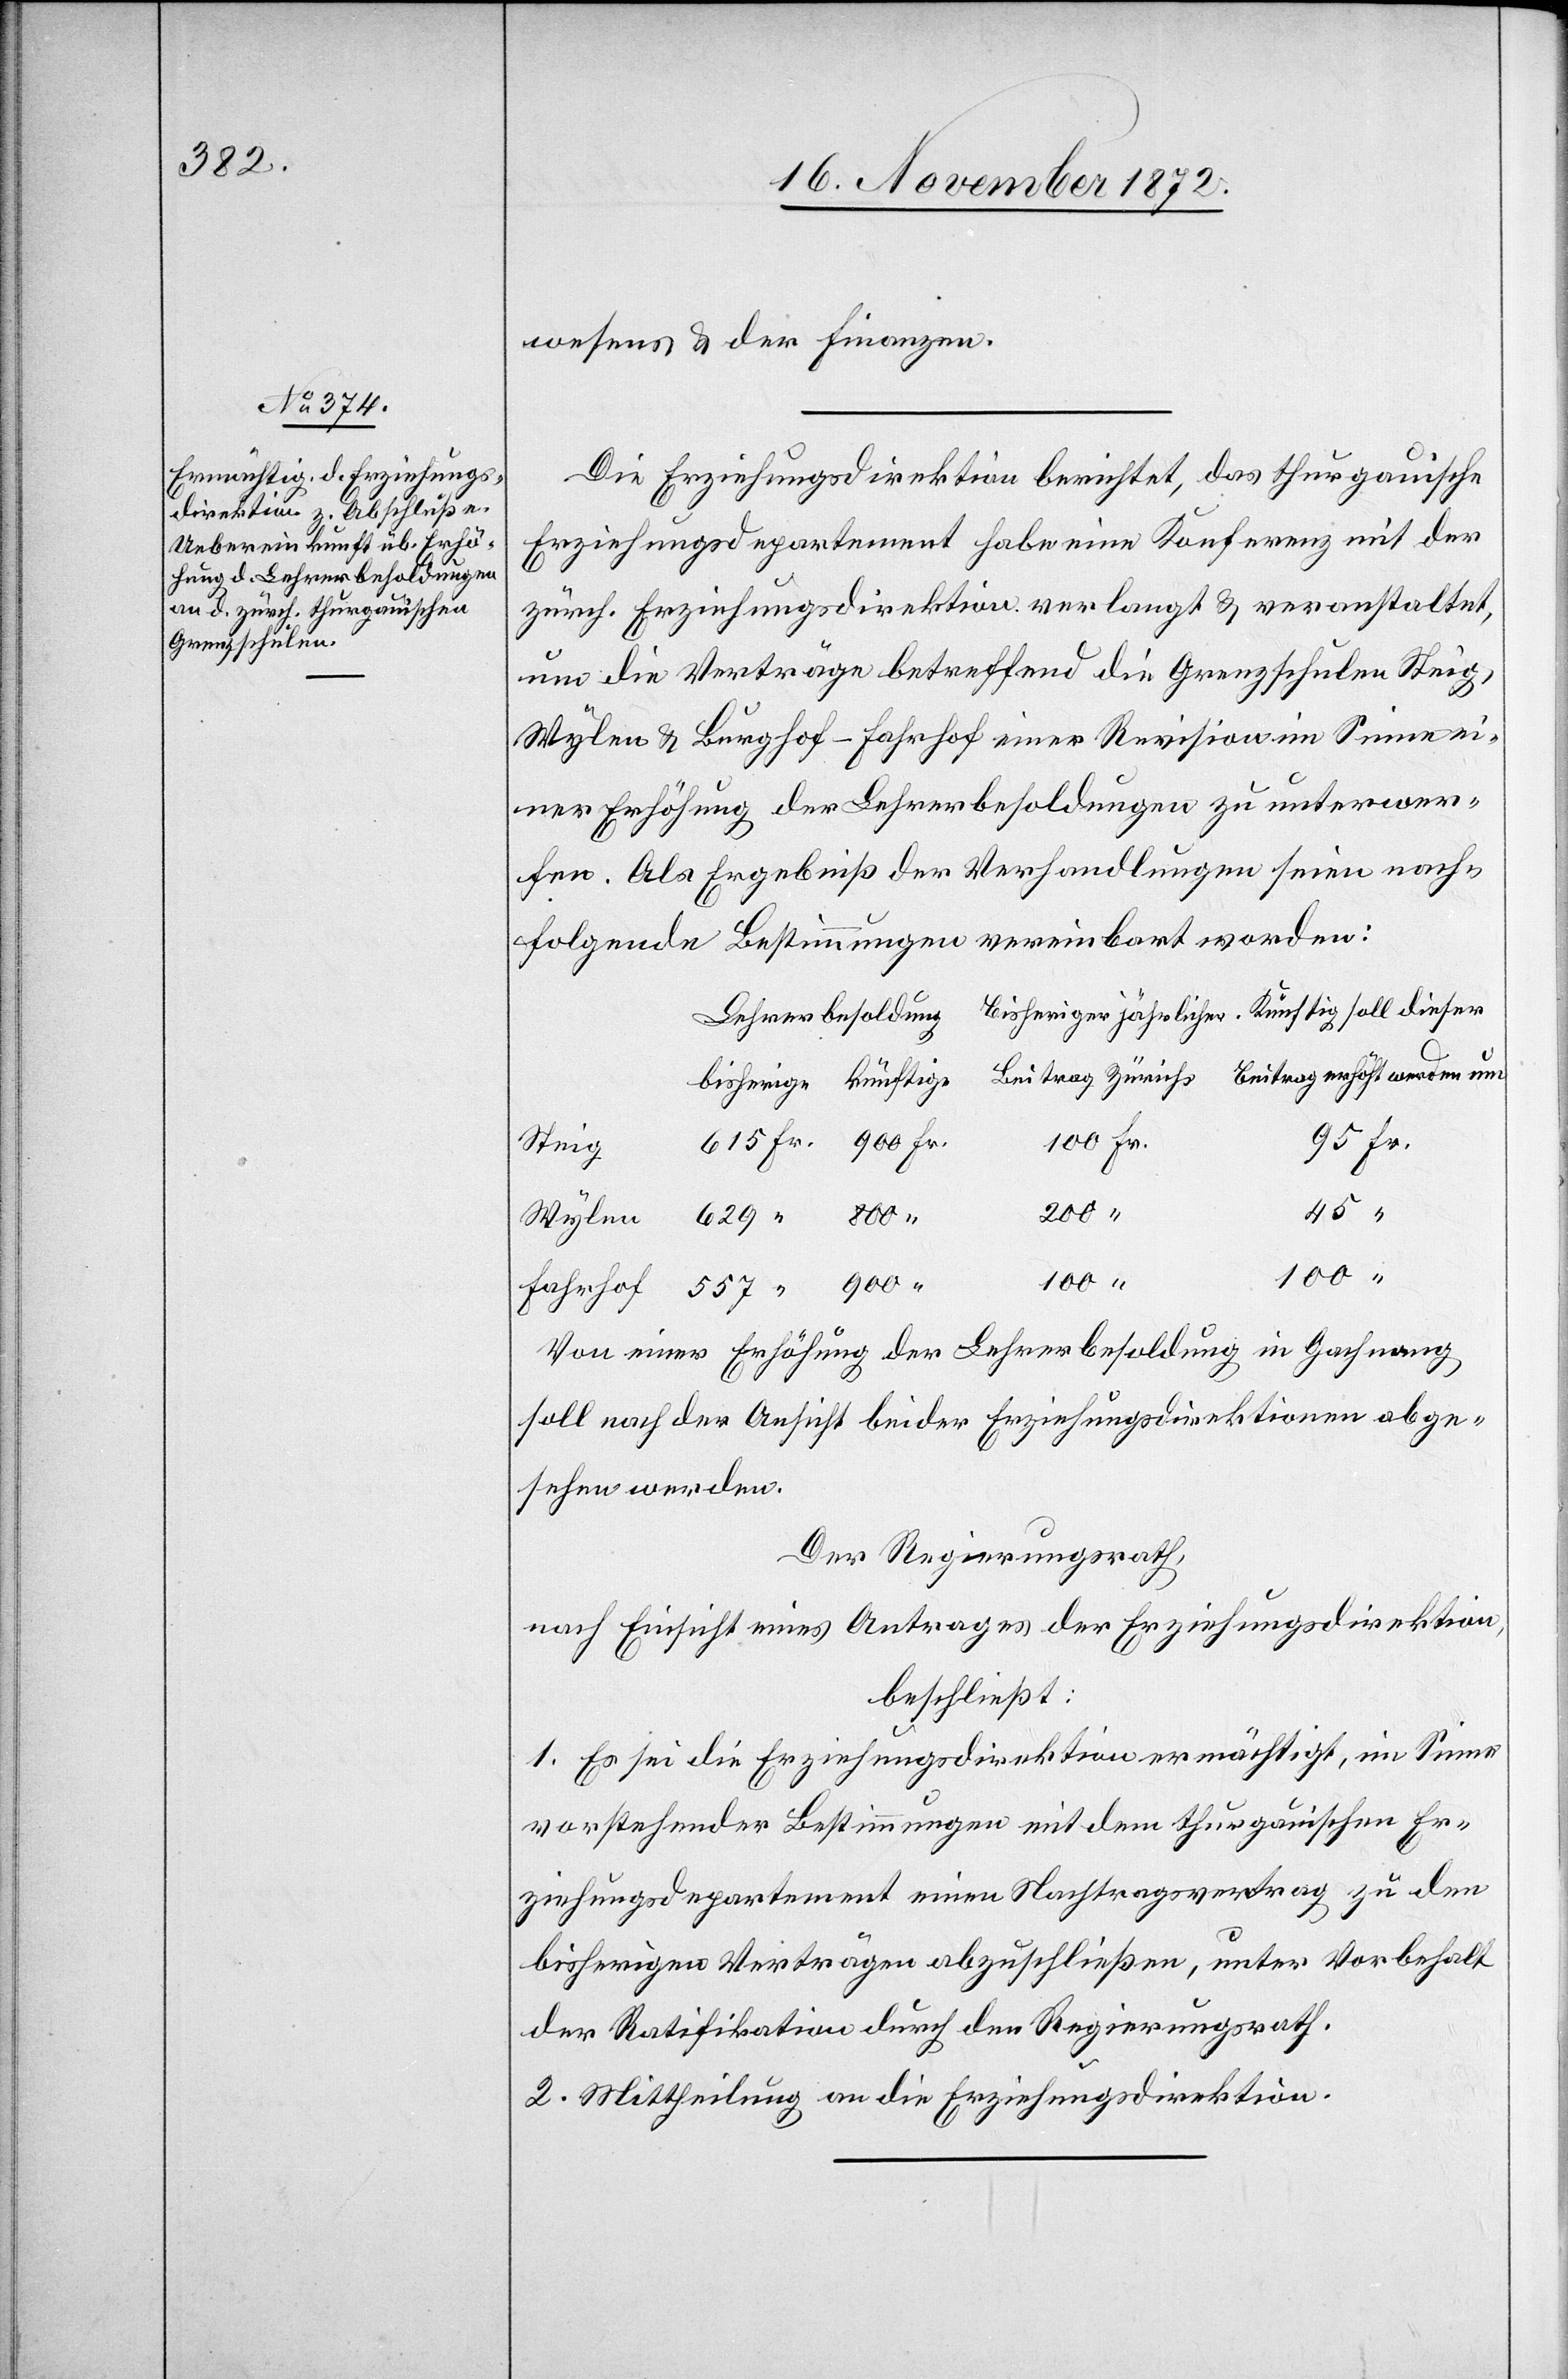
wesens u. der Finanzen.
Die Erziehungsdirektion berichtet, das thurgauische
Erziehungsdepartement habe eine Konferenz mit der
zürch. Erziehungsdirektion verlangt u. veranstaltet,
um die Verträge betreffend die Grenzschulen Steig,
Wylen u. Burghof-Fahrhof einer Revision im Sinne ei¬
ner Erhöhung der Lehrerbesoldungen zu unterwer¬
fen. Als Ergebniß der Verhandlungen seien nach¬
folgende Bestimmungen vereinbart worden:
100 Fr.
95 Fr.
Steig
“
557
200 “
900 “
100 “
Von einer Erhöhung der Lehrerbesoldung in Gachnang
soll nach den Ansicht beider Erziehungsdirektionen abge¬
sehen werden.
Der Regierungsrath,
nach Einsicht eines Antrages der Erziehungsdirektion,
beschließt:
1. Es sei die Erziehungsdirektion ermächtigt, im Sinne
vorstehender Bestimmungen mit dem thurgauischen Er¬
ziehungsdepartement einen Nachtragsvertrag zu den
bisherigen Verträgen abzuschließen, unter Vorbehalt
der Ratifikation durch den Regierungsrath.
2. Mittheilung an die Erziehungsdirektion.